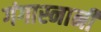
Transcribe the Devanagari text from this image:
गंगास्नानी